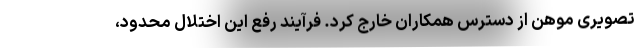
تصویری موهن از دسترس همکاران خارج کرد. فرآیند رفع این اختلال محدود،